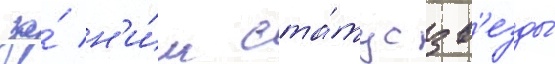
за́ н'и́м ста́тус зв'езды́